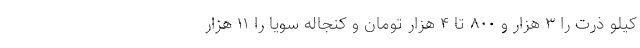
کیلو ذرت را ۳ هزار و ۸۰۰ تا ۴ هزار تومان و کنجاله سویا را ۱۱ هزار